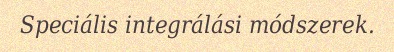
Speciális integrálási módszerek.